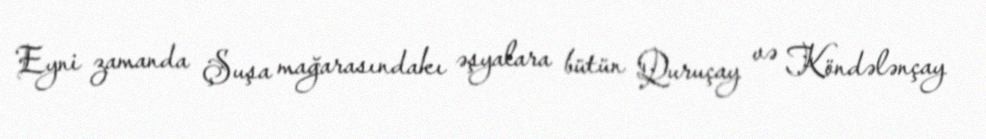
Eyni zamanda Şuşa mağarasındakı əşyalara bütün Quruçay və Köndələnçay